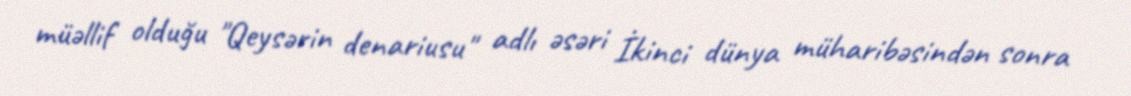
müəllif olduğu "Qeysərin denariusu" adlı əsəri İkinci dünya müharibəsindən sonra